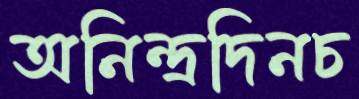
অনিন্দ্রদিনচ